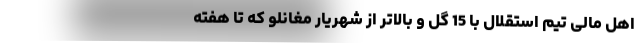
اهل مالی تیم استقلال با 15 گل و بالاتر از شهریار مغانلو که تا هفته